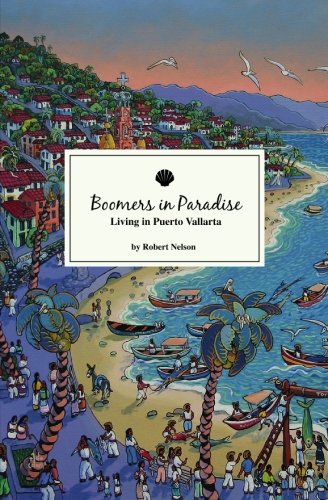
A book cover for Boomers In Paradise: Living In Puerto Vallarta; Robert Nelson; Travel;